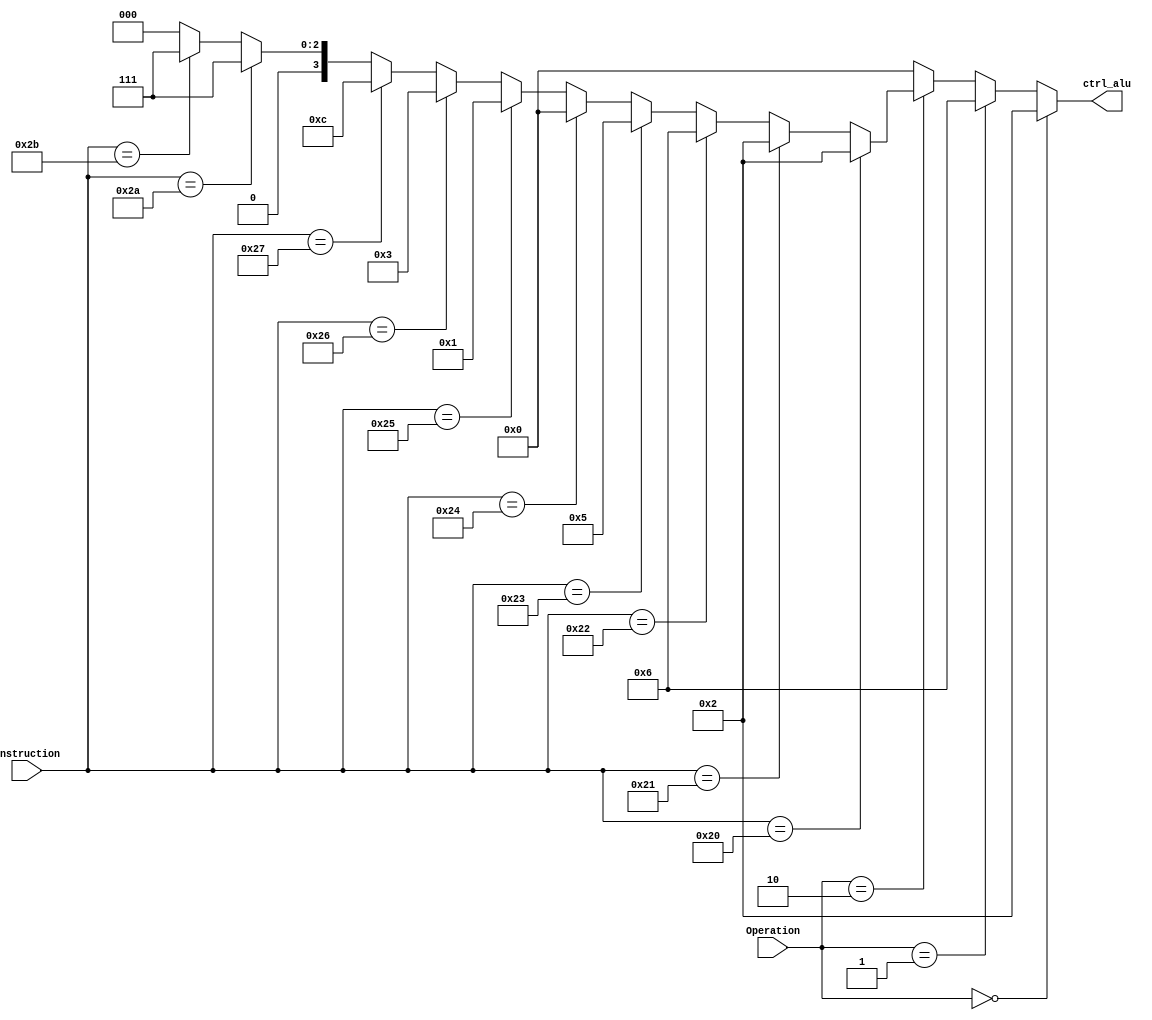
`timescale 1ns / 1ps

module ALU_control (
    input [1:0] Operation,
    input [5:0] instruction,
    output reg [3:0] ctrl_alu
);
  always @(Operation, instruction) begin
    if (Operation == 2'b00) begin
      ctrl_alu = 4'b0010;
    end else if (Operation == 2'b01) begin
      ctrl_alu = 4'b0110;
    end else if (Operation == 2'b10) begin
      if (instruction[5:0] == 6'b100000) begin
        ctrl_alu = 4'b0010;
      end else if (instruction[5:0] == 6'b100001) begin
        ctrl_alu = 4'b0010;
      end else if (instruction[5:0] == 6'b100010) begin
        ctrl_alu = 4'b0110;
      end else if (instruction[5:0] == 6'b100011) begin
        ctrl_alu = 4'b0101;
      end else if (instruction[5:0] == 6'b100100) begin
        ctrl_alu = 4'b0000;
      end else if (instruction[5:0] == 6'b100101) begin
        ctrl_alu = 4'b0001;
      end else if (instruction[5:0] == 6'b100110) begin
        ctrl_alu = 4'b0011;
      end else if (instruction[5:0] == 6'b100111) begin
        ctrl_alu = 4'b1100;
      end else if (instruction[5:0] == 6'b101010) begin
        ctrl_alu = 4'b0111;
      end else if (instruction[5:0] == 6'b101011) begin
        ctrl_alu = 4'b0111;
      end else begin
        ctrl_alu = 4'b0000;
      end
    end else begin
      ctrl_alu = 4'b0000;
    end
  end

endmodule